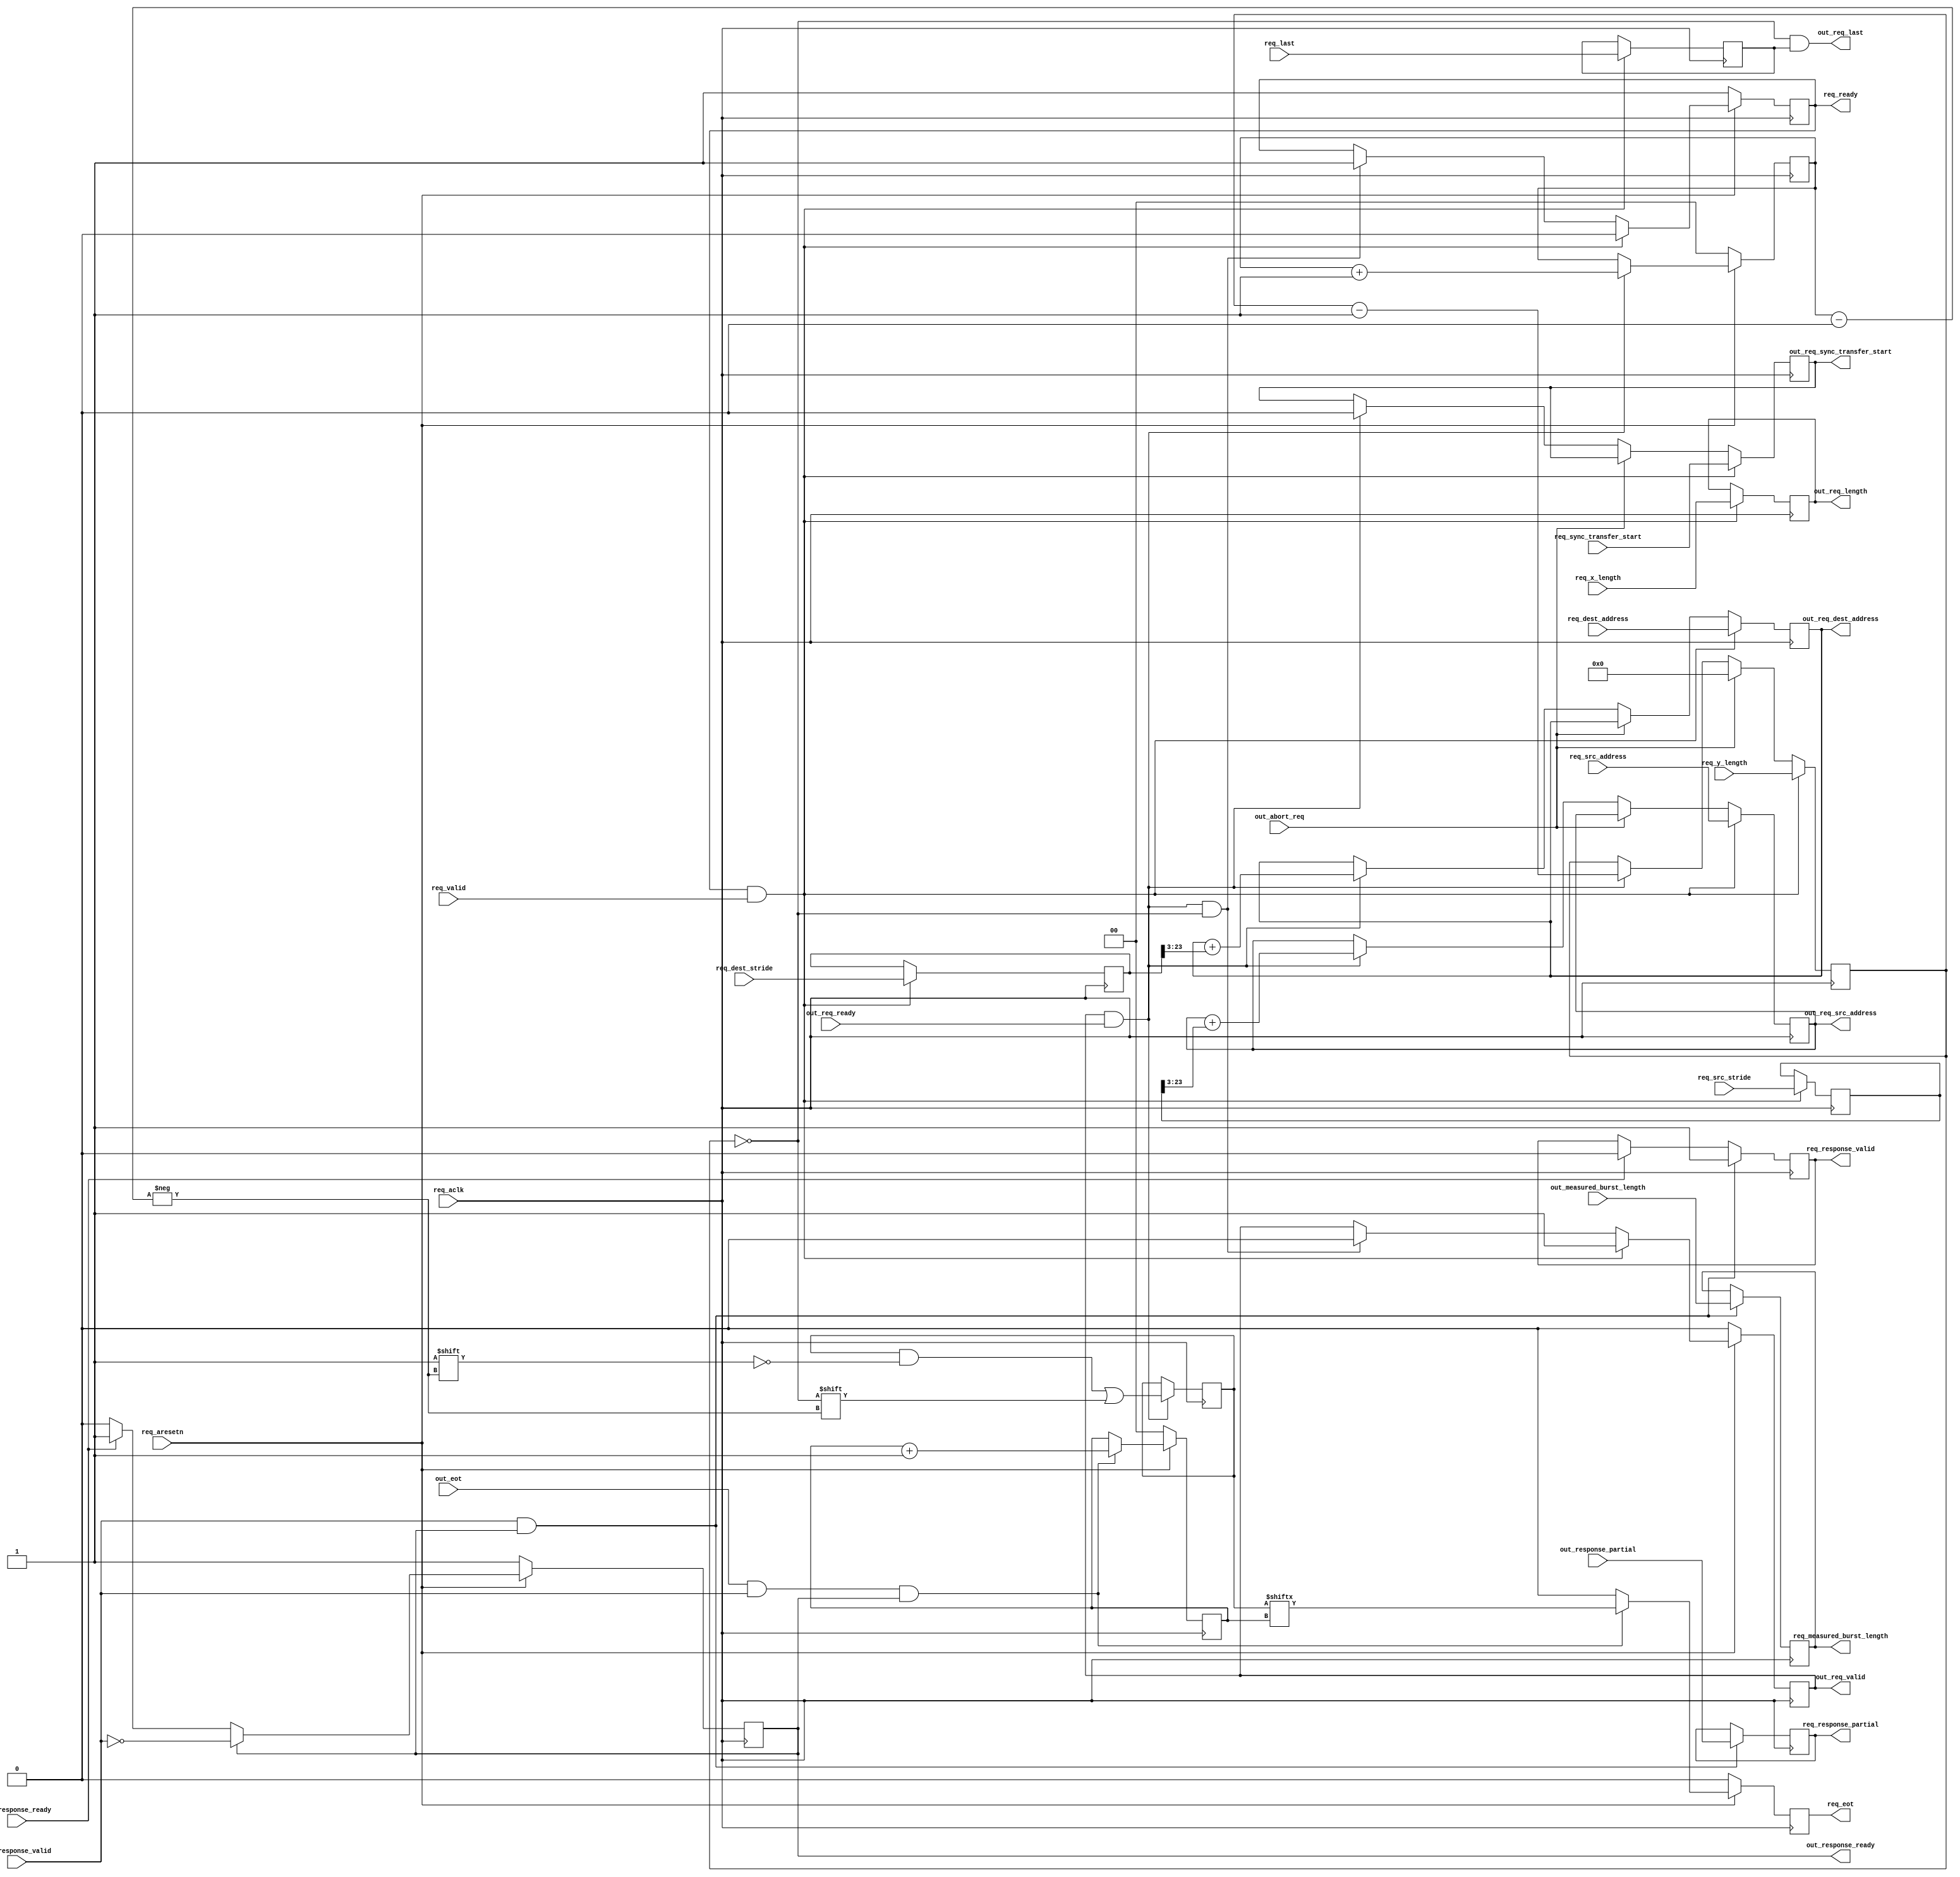
module dmac_2d_transfer_1 #(
  parameter DMA_AXI_ADDR_WIDTH = 32,
  parameter DMA_LENGTH_WIDTH = 24,
  parameter BYTES_PER_BURST_WIDTH = 7,
  parameter BYTES_PER_BEAT_WIDTH_SRC = 3,
  parameter BYTES_PER_BEAT_WIDTH_DEST = 3)(
  input req_aclk,
  input req_aresetn,
  input req_valid,
  output reg req_ready,
  input [DMA_AXI_ADDR_WIDTH-1:BYTES_PER_BEAT_WIDTH_DEST] req_dest_address,
  input [DMA_AXI_ADDR_WIDTH-1:BYTES_PER_BEAT_WIDTH_SRC] req_src_address,
  input [DMA_LENGTH_WIDTH-1:0] req_x_length,
  input [DMA_LENGTH_WIDTH-1:0] req_y_length,
  input [DMA_LENGTH_WIDTH-1:0] req_dest_stride,
  input [DMA_LENGTH_WIDTH-1:0] req_src_stride,
  input req_sync_transfer_start,
  input req_last,
  output reg req_eot,
  output reg [BYTES_PER_BURST_WIDTH-1:0] req_measured_burst_length,
  output reg req_response_partial,
  output reg req_response_valid,
  input req_response_ready,
  input out_abort_req,
  output reg out_req_valid,
  input out_req_ready,
  output [DMA_AXI_ADDR_WIDTH-1:BYTES_PER_BEAT_WIDTH_DEST] out_req_dest_address,
  output [DMA_AXI_ADDR_WIDTH-1:BYTES_PER_BEAT_WIDTH_SRC] out_req_src_address,
  output [DMA_LENGTH_WIDTH-1:0] out_req_length,
  output reg out_req_sync_transfer_start,
  output out_req_last,
  input out_eot,
  input [BYTES_PER_BURST_WIDTH-1:0] out_measured_burst_length,
  input out_response_partial,
  input out_response_valid,
  output reg out_response_ready = 1'b1
);
reg [DMA_AXI_ADDR_WIDTH-1:BYTES_PER_BEAT_WIDTH_DEST] dest_address = 'h00;
reg [DMA_AXI_ADDR_WIDTH-1:BYTES_PER_BEAT_WIDTH_SRC] src_address = 'h00;
reg [DMA_LENGTH_WIDTH-1:0] x_length = 'h00;
reg [DMA_LENGTH_WIDTH-1:0] y_length = 'h00;
reg [DMA_LENGTH_WIDTH-1:0] dest_stride = 'h0;
reg [DMA_LENGTH_WIDTH-1:0] src_stride = 'h00;
reg gen_last = 'h0;
reg [1:0] req_id = 'h00;
reg [1:0] eot_id = 'h00;
reg [3:0] last_req = 'h00;
wire out_last;
assign out_req_dest_address = dest_address;
assign out_req_src_address = src_address;
assign out_req_length = x_length;
assign out_last = y_length == 'h00;
always @(posedge req_aclk) begin
  if (req_aresetn == 1'b0) begin
    req_id <= 2'b0;
    eot_id <= 2'b0;
    req_eot <= 1'b0;
  end else begin
    if (out_req_valid == 1'b1 && out_req_ready == 1'b1) begin
      req_id <= req_id + 1'b1;
    end
    if (out_eot == 1'b1 && out_response_valid == 1'b1 && out_response_ready == 1'b1) begin
      eot_id <= eot_id + 1'b1;
      req_eot <= last_req[eot_id];
    end else begin
      req_eot <= 1'b0;
    end
  end
end
always @(posedge req_aclk) begin
  if (out_req_valid == 1'b1 && out_req_ready == 1'b1) begin
    last_req[req_id] <= out_last;
  end
end
always @(posedge req_aclk) begin
  if (out_response_valid == 1'b1 && out_response_ready == 1'b1) begin
    req_measured_burst_length <= out_measured_burst_length;
    req_response_partial <= out_response_partial;
  end
end
always @(posedge req_aclk) begin
  if (out_response_valid == 1'b1 && out_response_ready == 1'b1) begin
    req_response_valid <= 1'b1;
  end else if (req_response_ready == 1'b1) begin
    req_response_valid <= 1'b0;
  end
end
always @(posedge req_aclk) begin
  if (req_aresetn == 1'b0) begin
    out_response_ready <= 1'b1;
  end else if (out_response_ready == 1'b1) begin
    out_response_ready <= ~out_response_valid;
  end else if (req_response_ready == 1'b1) begin
    out_response_ready <= 1'b1;
  end
end
always @(posedge req_aclk) begin
  if (req_ready == 1'b1 && req_valid == 1'b1) begin
    dest_address <= req_dest_address;
    src_address <= req_src_address;
    x_length <= req_x_length;
    y_length <= req_y_length;
    dest_stride <= req_dest_stride;
    src_stride <= req_src_stride;
    out_req_sync_transfer_start <= req_sync_transfer_start;
    gen_last <= req_last;
  end else if (out_abort_req == 1'b1) begin
    y_length <= 0;
  end else if (out_req_valid == 1'b1 && out_req_ready == 1'b1) begin
    dest_address <= dest_address + dest_stride[DMA_LENGTH_WIDTH-1:BYTES_PER_BEAT_WIDTH_DEST];
    src_address <= src_address + src_stride[DMA_LENGTH_WIDTH-1:BYTES_PER_BEAT_WIDTH_SRC];
    y_length <= y_length - 1'b1;
    out_req_sync_transfer_start <= 1'b0;
  end
end
always @(posedge req_aclk) begin
  if (req_aresetn == 1'b0) begin
    req_ready <= 1'b1;
    out_req_valid <= 1'b0;
  end else begin
    if (req_ready == 1'b1 && req_valid == 1'b1) begin
      req_ready <= 1'b0;
      out_req_valid <= 1'b1;
    end else if (out_req_valid == 1'b1 && out_req_ready == 1'b1 &&
                 out_last == 1'b1) begin
      out_req_valid <= 1'b0;
      req_ready <= 1'b1;
    end
  end
end
assign out_req_last = out_last & gen_last;
endmodule